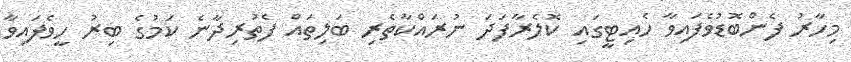
މިހާރު ފެންބޮޑުވެފައިވާ ހެއިޓީގައި ކޮލެރާފަދަ ނުރައްކާތެރި ބަލިތައް ފެތުރިދާނެ ކަމުގެ ބިރު ހީވެފައިވާ